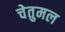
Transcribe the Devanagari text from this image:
चेतुमल